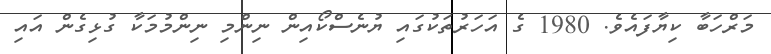
މަރްހަބާ ކިޔާފައެވެ. 1980 ގެ އަހަރުތަކުގައި ޔުނެސްކޯއިން ނިންމި ނިންމުމަކާ ގުޅިގެން އައި